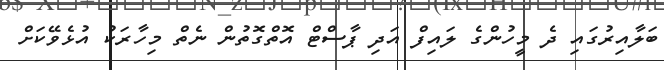
ބަލާއިރުގައި ދެ މީހުންގެ ލައިފް އަދި ޕާސްޓް އޮތްގޮތުން ނެތް މިހާރަކު އުޅެވޭކަށް